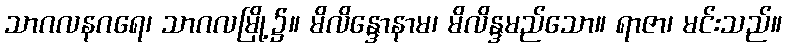
သာဂလနဂရေ၊ သာဂလမြို့၌။ မိလိန္ဒောနာမ၊ မိလိန္ဒမည်သော။ ရာဇာ၊ မင်းသည်။